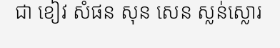
ជា ខៀវ សំផន សុន សេន ស្លន់ស្លោរ